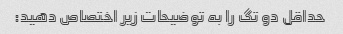
حداقل دو تگ را به توضیحات زیر اختصاص دهید: